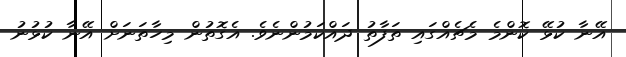
އޭނާ ކުޅޭ ކޮންމެ މެޗެއްގައި ތަފާތު ދައްކަމުންނެވެ. އެގޮތުން މިހާތަނަށް އޭނާ ކުޅުނު